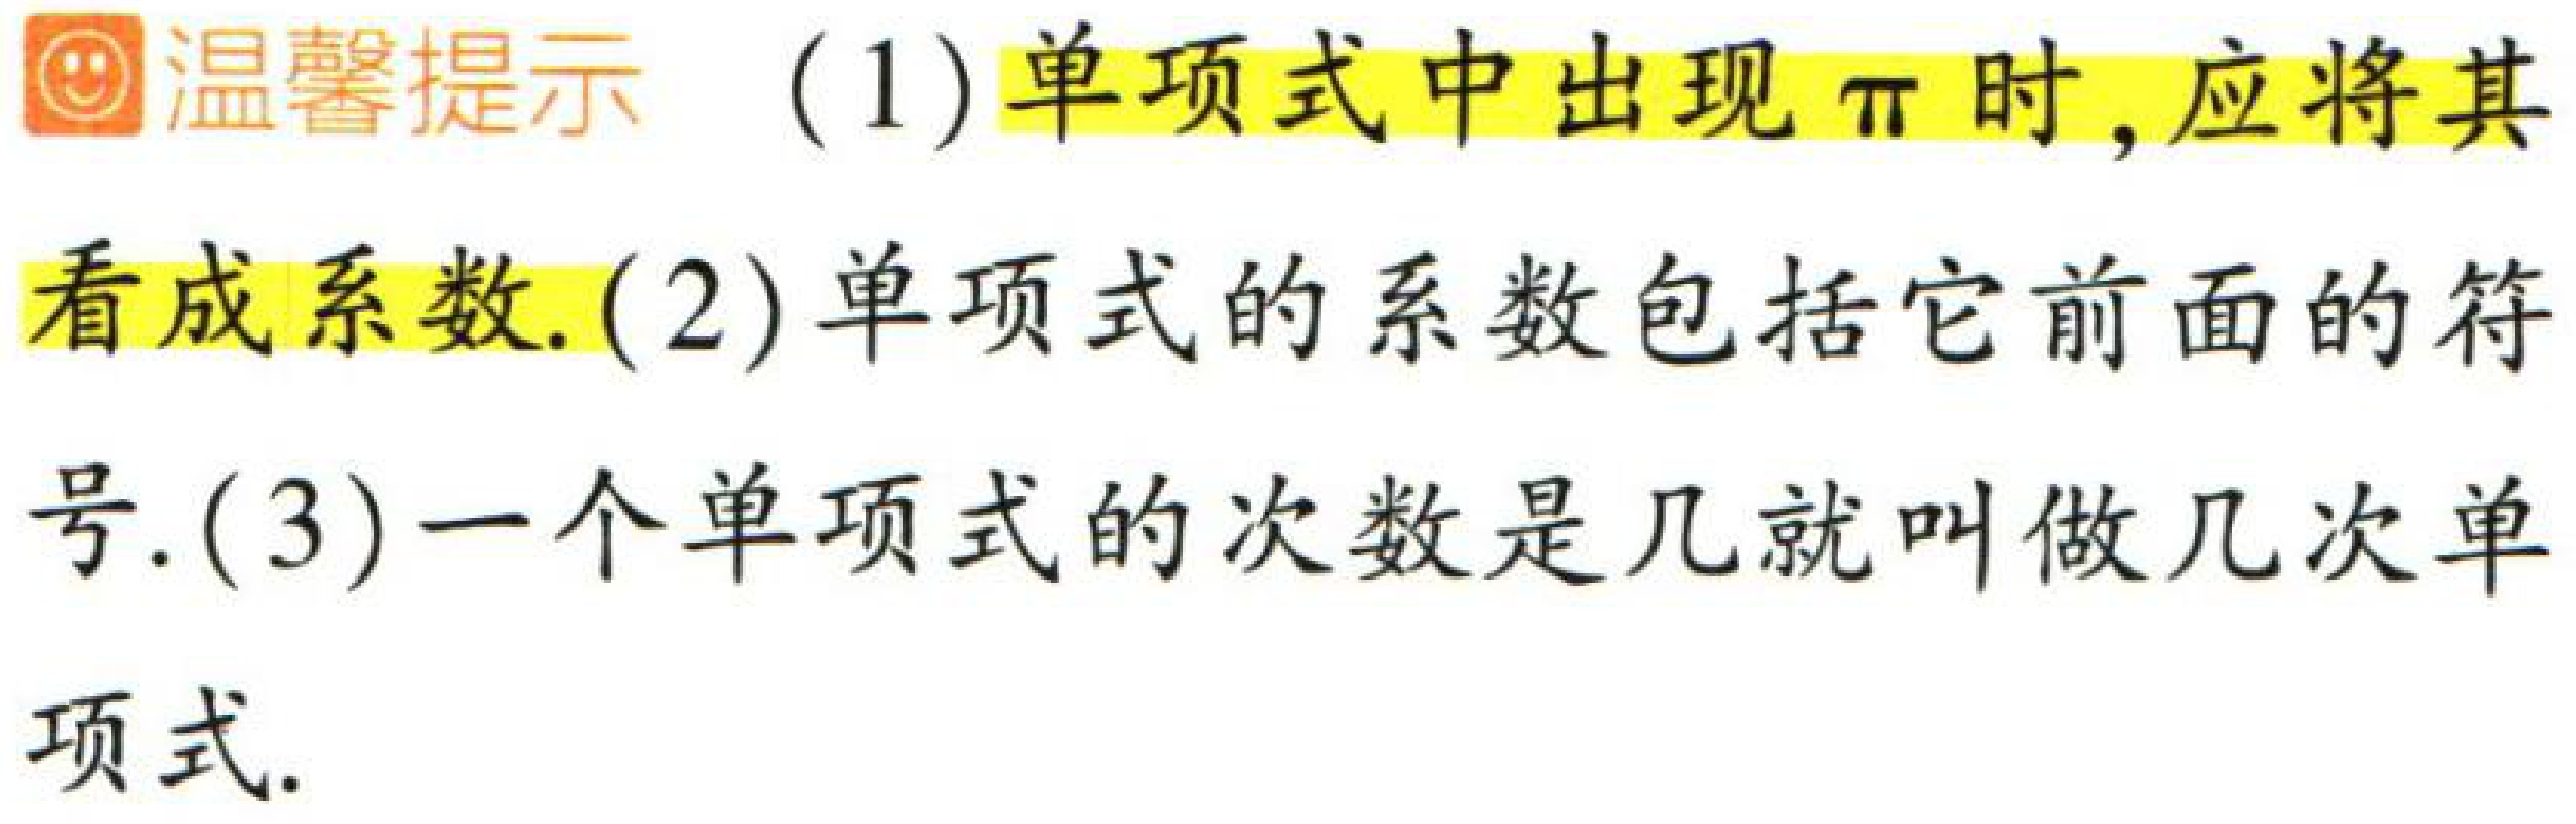
温馨提示 (1)单项式中出现$\pi$时,应将其看成系数.(2)单项式的系数包括它前面的符号.(3)一个单项式的次数是几就叫做几次单项式.